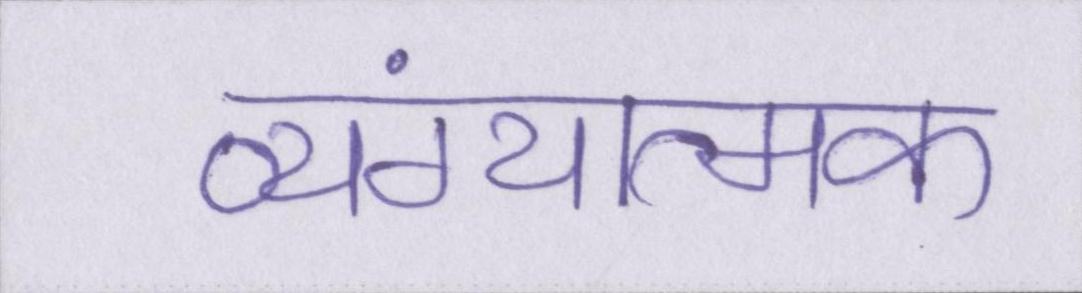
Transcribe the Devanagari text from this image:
व्यंग्यात्मक